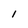
Character: l